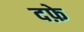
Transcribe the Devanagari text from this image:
दफ़े